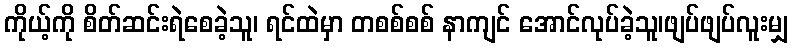
ကိုယ့်ကို စိတ်ဆင်းရဲစေခဲ့သူ၊ ရင်ထဲမှာ တစစ်စစ် နာကျင် အောင်လုပ်ခဲ့သူ၊ဖျပ်ဖျပ်လူးမျှ